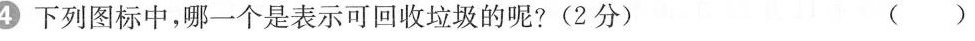
4下列图标中，哪一个是表示可回收垃圾的呢?(2分) ( )